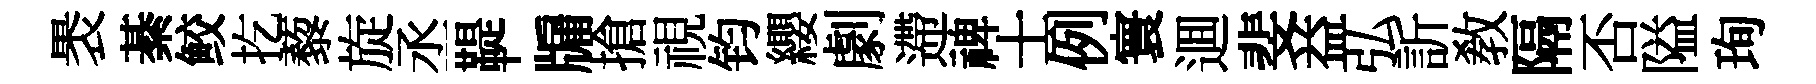
褁綦鲛扢藜旋丞鞮牖搶視钧纓劇遰禆士例寰逥斐益弘訢敎隔否隘珣